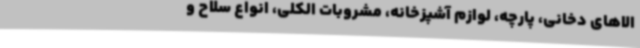
الاهای دخانی، پارچه، لوازم آشپزخانه، مشروبات الکلی، انواع سلاح و